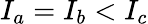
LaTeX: I_{a}=I_{b}<I_{c}